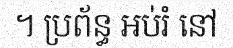
។ ប្រព័ន្ធ អប់រំ នៅ